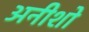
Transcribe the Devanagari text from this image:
अनीशो